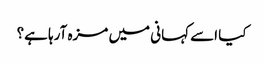
کیا اسے کہانی میں مزہ آرہا ہے؟